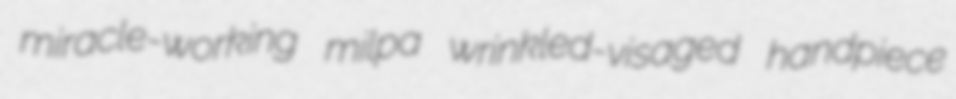
miracle-working milpa wrinkled-visaged handpiece